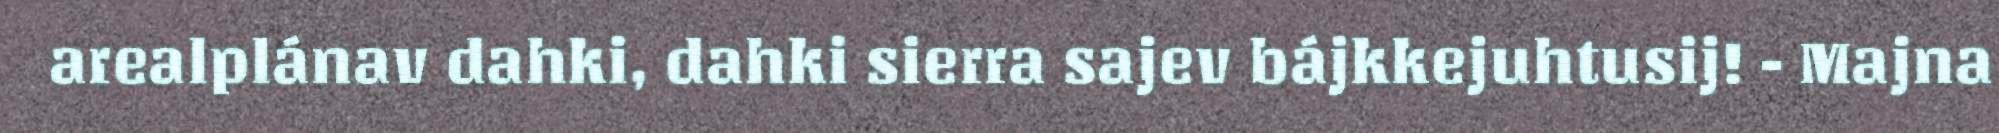
arealplánav dahki, dahki sierra sajev bájkkejuhtusij! - Majna